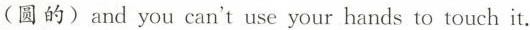
(圆的)and you can't use your hands to touch it.